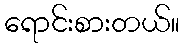
ရောင်းစားတယ်။